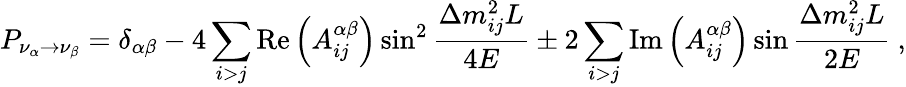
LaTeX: P_{\nu_{\alpha}\rightarrow\nu_{\beta}}=\delta_{\alpha\beta}-4\sum_{i>j}\mathrm{Re}\left(A_{ij}^{\alpha\beta}\right)\sin^{2}\frac{\Delta m_{ij}^{2}L}{4E}\pm 2\sum_{i>j}\mathrm{Im}\left(A_{ij}^{\alpha\beta}\right)\sin\frac{\Delta m_{ij}^{2}L}{2E}\ ,